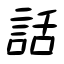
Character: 話